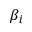
\beta _ { i }